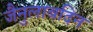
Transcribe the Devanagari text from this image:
जैनुलाबदिन